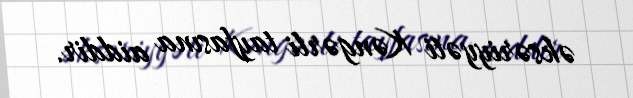
əksəriyyəti Kəngərli tayfasına aiddir.